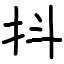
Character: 抖